Indian Civil Veterinary Department memoirs
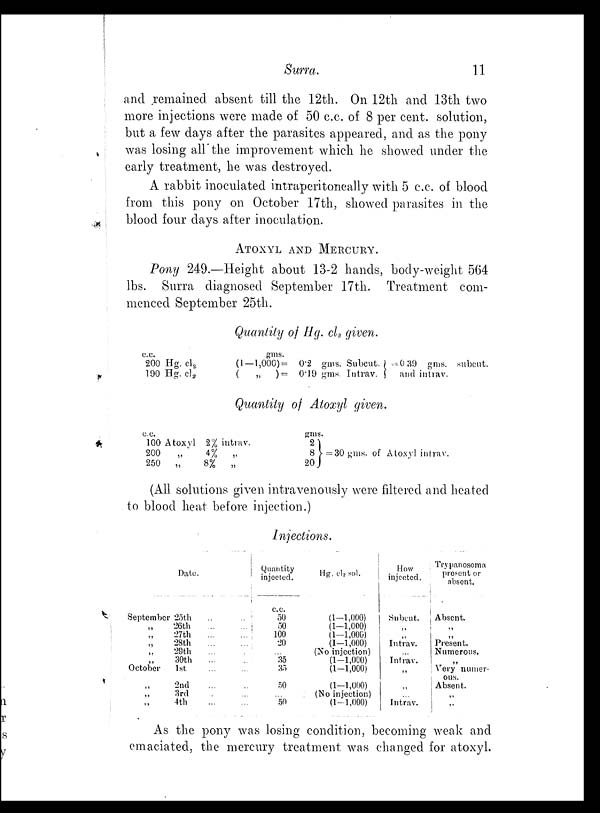
Surra.
11
and remained absent till the 12th. On 12th and 13th two
more injections were made of 50 c.c. of 8 per cent. solution,
but a few days after the parasites appeared, and as the pony
was losing all the improvement which he showed under the
early treatment, he was destroyed.
A rabbit inoculated intraperitoneally with 5 c.c. of blood
from this pony on October 17th, showed parasites in the
blood four days after inoculation.
ATOXYL AND MERCURY.
Pony 249.—Height about 13-2 hands, body-weight 564
lbs. Surra diagnosed September 17th. Treatment com-
menced September 25th.
Quantity of Hg. cl 2 given.
c.c.
200 Hg. cl 2
190 Hg. cl 2
gms.
(1—1,000) =
( „ ) =
0.2 gms. Subcut.
0.19 gms. Intrav.
= 0.39 gms. subcut.
and intrav.
Quantity of Atoxyl given.
c.c.
100 Atoxyl
200 „
250
„
2%
4%
8%
intrav.
„
„
gms.
2
8
20
= 30 gms. of Atoxyl intrav.
(All solutions given intravenously were filtered and heated
to blood heat before injection.)
Injections.
Date.
September
„
„
„
„
„
October
„
„
„
25th ... ...
26th ... ...
27th ... ...
28th ... ...
29th ... ...
30th ... ...
1st ... ...
2nd ... ...
3rd ... ...
4th ... ...
Quantity
injected.
c.c.
50
50
100
20
...
35
35
50
...
50
Hg. cl 2 sol.
(1—1,000)
(1—1,000)
(1—1,000)
(1—1,000)
(No injection)
(1—1,000)
(1—1,000)
(1—1,000)
(No injection)
(1—1,000)
How
injected.
Subcut.
„
„
Intrav.
... Intrav.
„
„
...
Intrav.
Trypanosoma
present or
absent.
Absent.
„
„
Present.
Numerous.
„
Very numer-
ous.
Absent.
„
„
As the pony was losing condition, becoming weak and
emaciated, the mercury treatment was changed for atoxyl.